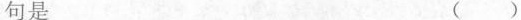
句是 （）